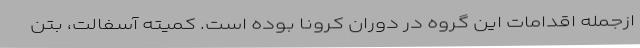
ازجمله اقدامات این گروه در دوران کرونا بوده است. کمیته آسفالت، بتن